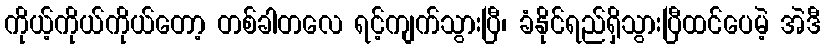
ကိုယ့်ကိုယ်ကိုယ်တော့ တစ်ခါတလေ ရင့်ကျက်သွားပြီ၊ ခံနိုင်ရည်ရှိသွားပြီထင်ပေမဲ့ အဲဒီ